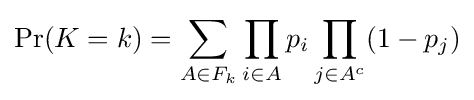
\Pr(K=k)=\sum \limits _{A\in F_{k}}\prod \limits _{i\in A}p_{i}\prod \limits _{j\in A^{c}}(1-p_{j})